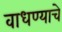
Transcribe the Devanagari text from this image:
वाधण्याचे